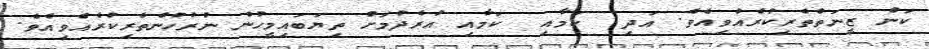
ކަން ޒީނަތްތެރިކުރެއްވިއެވެ. އަދި  ކަމާއި  ކަމާއި އުރެދުމަށް ތިޔަބައިމީހުން ނުރުހުންތެރިކުރެއްވިއެވެ.